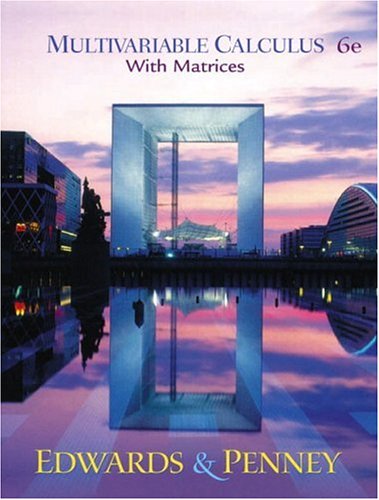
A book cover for Multivariable Calculus with Matrices (6th Edition); C. Henry Edwards; Science & Math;